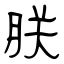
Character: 朕